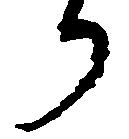
り